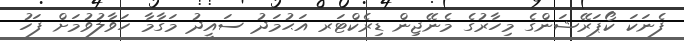
ފެނަކަ ކޯޕަރޭޝަންގެ މިހާރުގެ މެނޭޖިން ޑިރެކްޓަރ އަޙުމަދު ސައީދު މަގާމާ ހަވާލުވުމަށް ފަހު